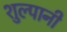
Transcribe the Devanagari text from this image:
शुल्पानी